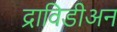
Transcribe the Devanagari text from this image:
द्राविडीअन